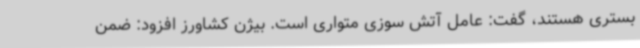
بستری هستند، گفت: عامل آتش سوزی متواری است. بیژن کشاورز افزود: ضمن